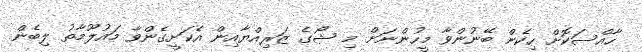
ހާއްސަކޮށް ހިކެން ބޭނުންވާ މީހުންނަށް މި ޝޯގެ ޒަރިއްޔާއިން އެކަށީގެންވާ މައުލޫމާތު ލިބެން